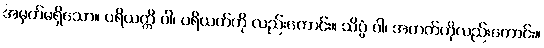
အမှတ်မရှိသော။ ပရိယတ္တိ ဝါ၊ ပရိယတ်ကို လည်းကောင်း။ သိပ္ပံ ဝါ၊ အတတ်ကိုလည်းကောင်း။